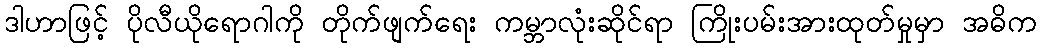
ဒါဟာဖြင့် ပိုလီယိုရောဂါကို တိုက်ဖျက်ရေး ကမ္ဘာလုံးဆိုင်ရာ ကြိုးပမ်းအားထုတ်မှုမှာ အဓိက